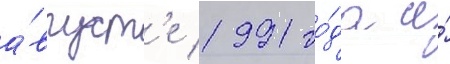
а́вгуст'е 1991 го́да и́